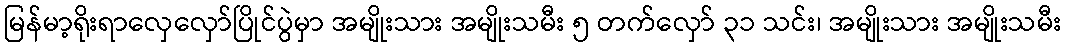
မြန်မာ့ရိုးရာလှေလှော်ပြိုင်ပွဲမှာ အမျိုးသား အမျိုးသမီး ၅ တက်လှော် ၃၁ သင်း၊ အမျိုးသား အမျိုးသမီး